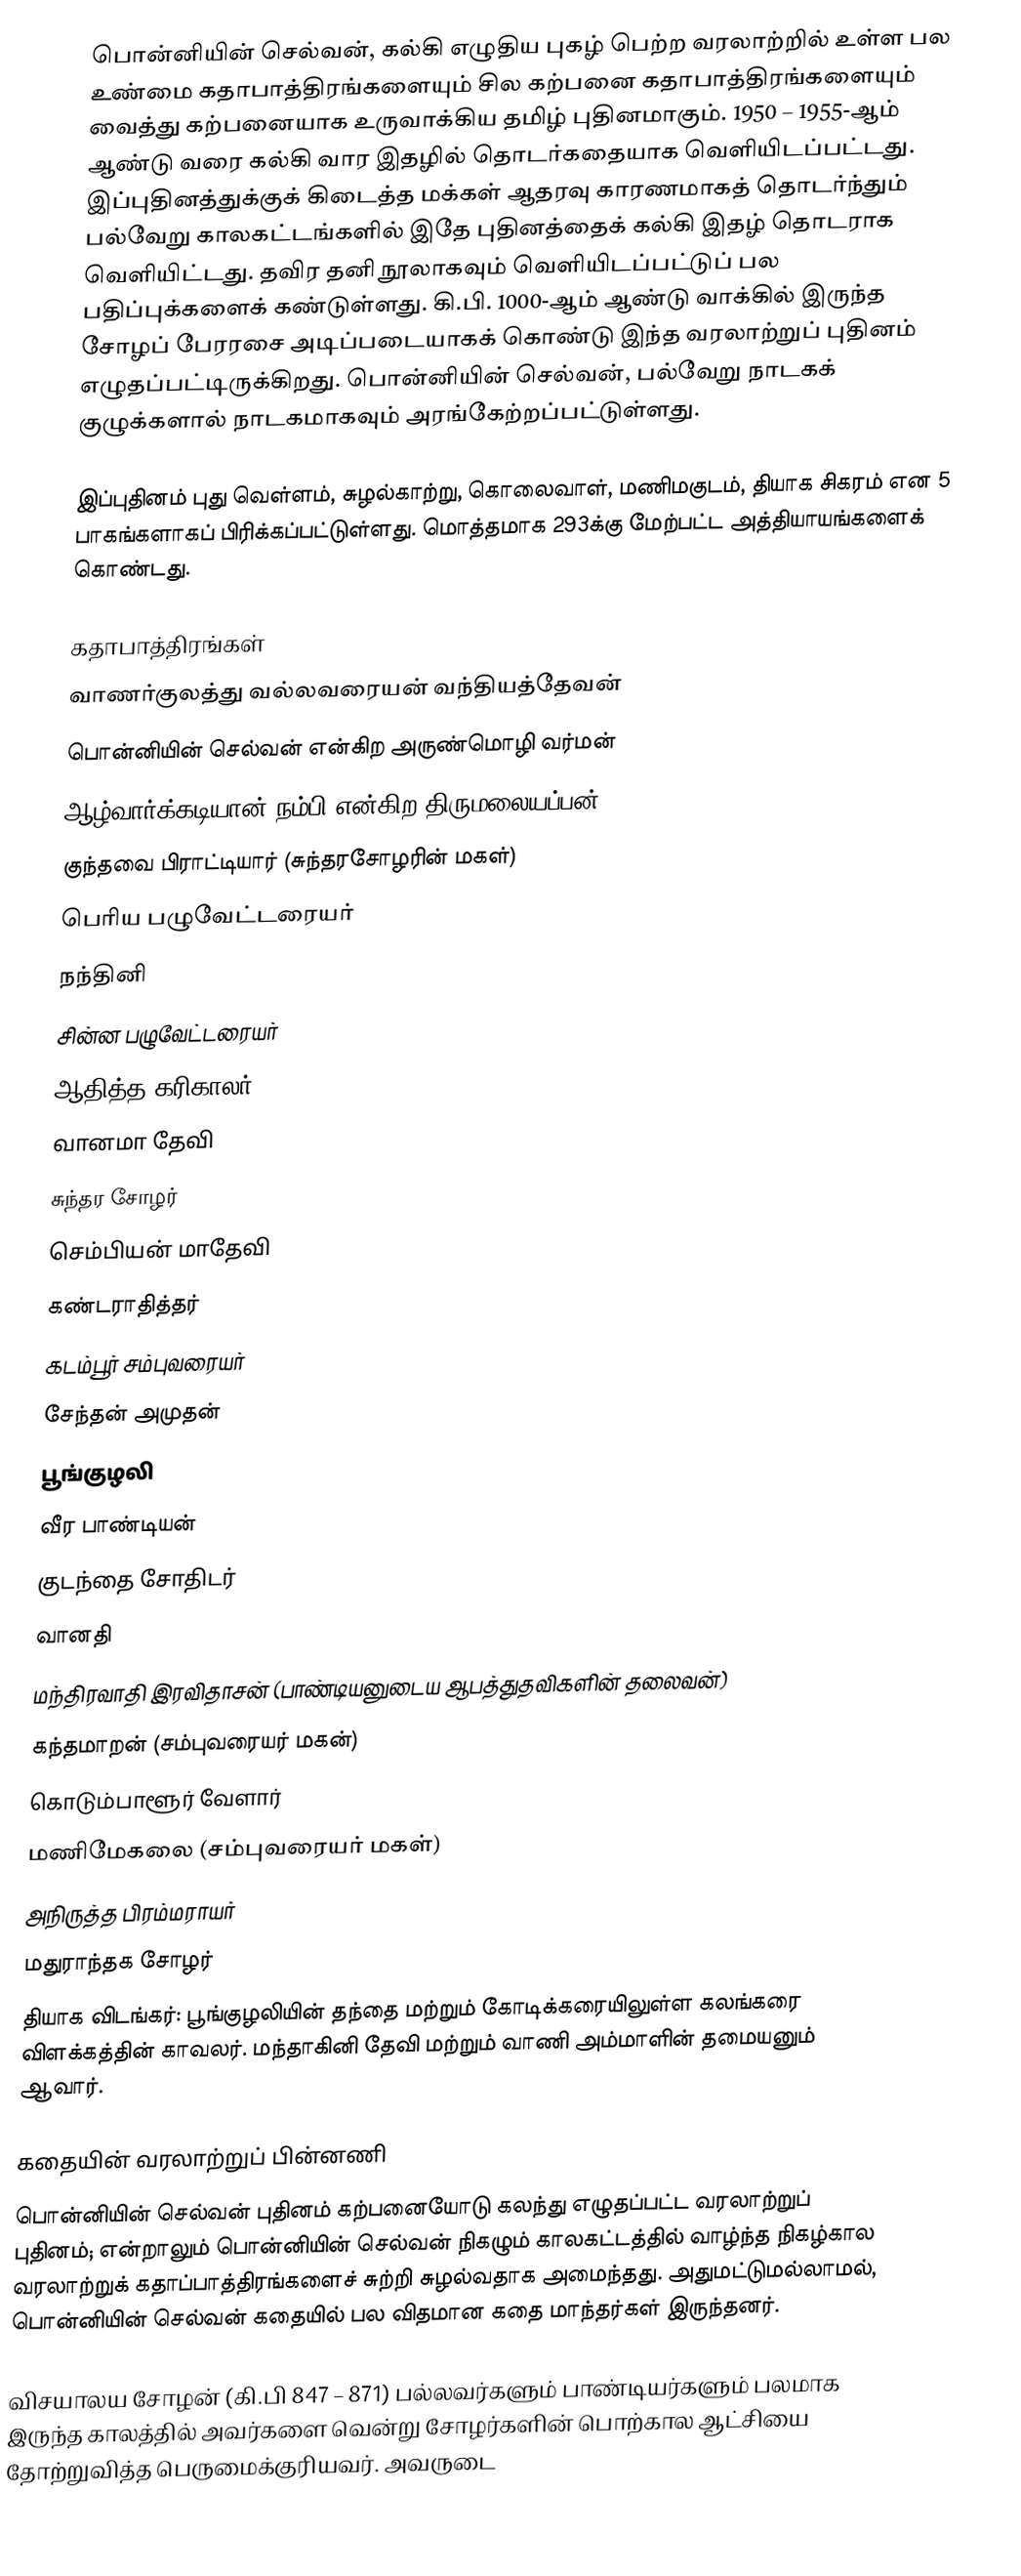
பொன்னியின் செல்வன், கல்கி எழுதிய புகழ் பெற்ற வரலாற்றில் உள்ள பல உண்மை கதாபாத்திரங்களையும் சில கற்பனை கதாபாத்திரங்களையும் வைத்து கற்பனையாக உருவாக்கிய தமிழ் புதினமாகும். 1950 – 1955-ஆம் ஆண்டு வரை கல்கி வார இதழில் தொடர்கதையாக வெளியிடப்பட்டது.  இப்புதினத்துக்குக் கிடைத்த மக்கள் ஆதரவு காரணமாகத் தொடர்ந்தும் பல்வேறு காலகட்டங்களில் இதே புதினத்தைக் கல்கி இதழ் தொடராக வெளியிட்டது. தவிர தனி நூலாகவும் வெளியிடப்பட்டுப் பல பதிப்புக்களைக் கண்டுள்ளது. கி.பி. 1000-ஆம் ஆண்டு வாக்கில் இருந்த சோழப் பேரரசை அடிப்படையாகக் கொண்டு இந்த வரலாற்றுப் புதினம் எழுதப்பட்டிருக்கிறது. பொன்னியின் செல்வன், பல்வேறு நாடகக் குழுக்களால் நாடகமாகவும் அரங்கேற்றப்பட்டுள்ளது.

இப்புதினம் புது வெள்ளம், சுழல்காற்று, கொலைவாள், மணிமகுடம், தியாக சிகரம் என 5 பாகங்களாகப் பிரிக்கப்பட்டுள்ளது. மொத்தமாக 293க்கு மேற்பட்ட அத்தியாயங்களைக் கொண்டது.

கதாபாத்திரங்கள்
 வாணர்குலத்து வல்லவரையன் வந்தியத்தேவன்
 பொன்னியின் செல்வன் என்கிற அருண்மொழி வர்மன்
 ஆழ்வார்க்கடியான் நம்பி என்கிற திருமலையப்பன்
 குந்தவை பிராட்டியார் (சுந்தரசோழரின் மகள்)
 பெரிய பழுவேட்டரையர்
 நந்தினி
 சின்ன பழுவேட்டரையர்
 ஆதித்த கரிகாலர்
 வானமா தேவி
 சுந்தர சோழர்
 செம்பியன் மாதேவி
 கண்டராதித்தர்
 கடம்பூர் சம்புவரையர்
 சேந்தன் அமுதன்
 பூங்குழலி
 வீர பாண்டியன்
 குடந்தை சோதிடர்
 வானதி
 மந்திரவாதி இரவிதாசன் (பாண்டியனுடைய ஆபத்துதவிகளின் தலைவன்)
 கந்தமாறன் (சம்புவரையர் மகன்)
 கொடும்பாளூர் வேளார்
 மணிமேகலை (சம்புவரையர் மகள்)
 அநிருத்த பிரம்மராயர்
மதுராந்தக சோழர்
தியாக விடங்கர்: பூங்குழலியின் தந்தை மற்றும் கோடிக்கரையிலுள்ள கலங்கரை விளக்கத்தின் காவலர். மந்தாகினி தேவி மற்றும் வாணி அம்மாளின் தமையனும் ஆவார்.

கதையின் வரலாற்றுப் பின்னணி
பொன்னியின் செல்வன் புதினம் கற்பனையோடு கலந்து எழுதப்பட்ட வரலாற்றுப் புதினம்; என்றாலும் பொன்னியின் செல்வன் நிகழும் காலகட்டத்தில் வாழ்ந்த நிகழ்கால வரலாற்றுக் கதாப்பாத்திரங்களைச் சுற்றி சுழல்வதாக அமைந்தது. அதுமட்டுமல்லாமல், பொன்னியின் செல்வன் கதையில் பல விதமான கதை மாந்தர்கள் இருந்தனர்.

விசயாலய சோழன் (கி.பி 847 – 871) பல்லவர்களும் பாண்டியர்களும் பலமாக இருந்த காலத்தில் அவர்களை வென்று சோழர்களின் பொற்கால ஆட்சியை தோற்றுவித்த பெருமைக்குரியவர். அவருடை